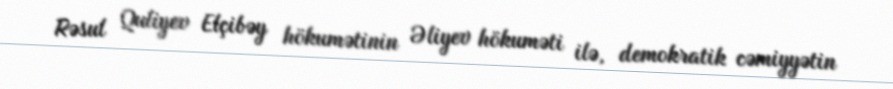
Rəsul Quliyev Elçibəy hökumətinin Əliyev hökuməti ilə, demokratik cəmiyyətin